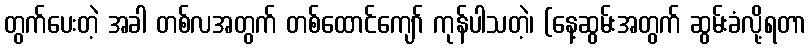
တွက်ပေးတဲ့ အခါ တစ်လအတွက် တစ်ထောင်ကျော် ကုန်ပါသတဲ့၊ (နေ့ဆွမ်းအတွက် ဆွမ်းခံလို့ရတာ